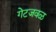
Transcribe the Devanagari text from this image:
गेटजवळ